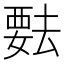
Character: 𬡺